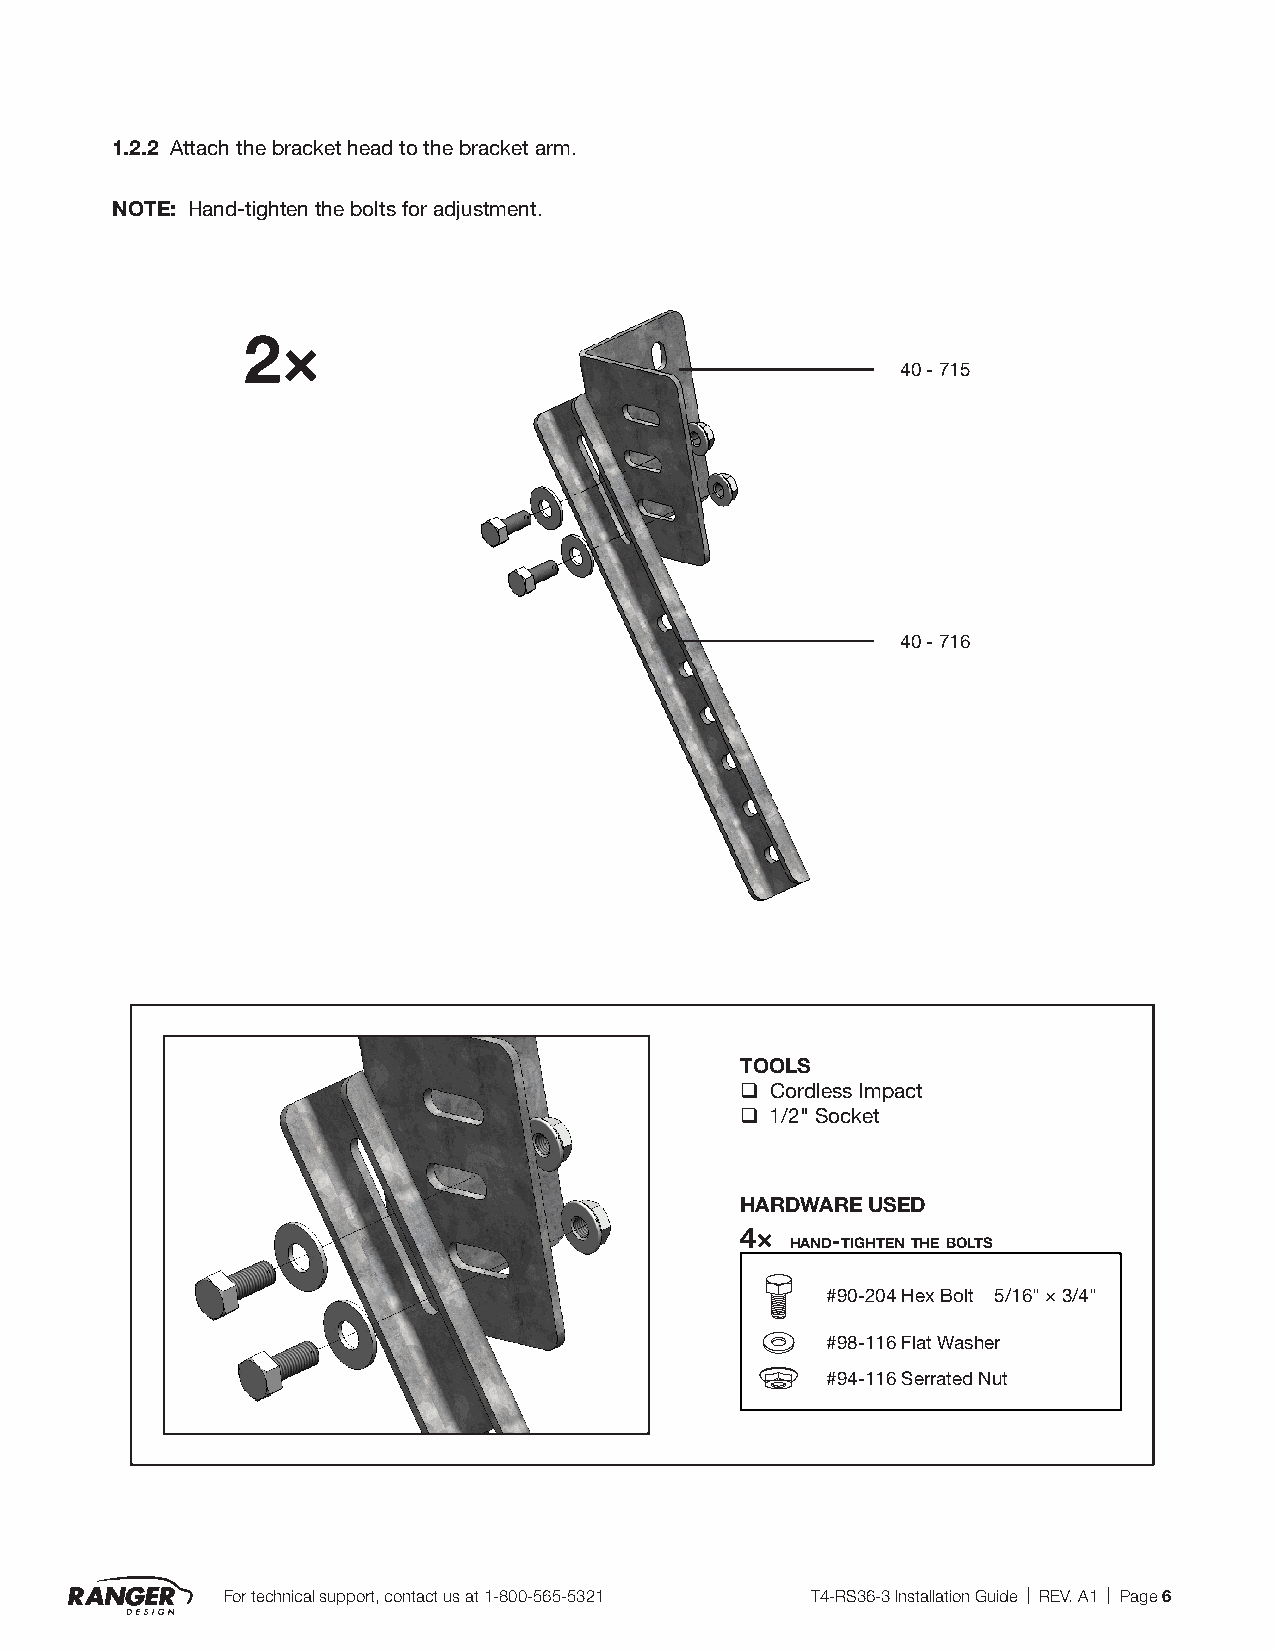
1.2.2 Attach the bracket head to the bracket arm.
 NOTE: Hand-tighten the bolts for adjustment.
 2×
 40 - 715
 40 - 716
 TOOLS
 q Cordless Impact
 q 1/2" Socket
 HARDWARE USED
 4×
 hand-tighten the bolts
 #90-204 Hex Bolt 5/16" × 3/4"
 #98-116 Flat Washer
 #94-116 Serrated Nut
 For technical support, contact us at 1-800-565-5321 T4-RS36-3 Installation Guide | REV. A1 | Page 6